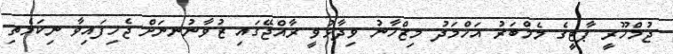
ޖުމްހޫރީ ޕާޓީގެ މެމްބަރު އަހްމަދު މިޒްހާނު ވިދާޅުވީ ރާއްޖޭގައި ޒުވާނުނނަށް ޖެހިފައިވާ ނިކަމެތި